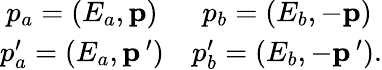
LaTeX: \begin{array}{cc}{{p_{a}=\left(E_{a},{\mathbf p}\right)}}&{{p_{b}=\left(E_{b},-{\mathbf p}\right)}}\\ {{p_{a}^{\prime}=\left(E_{a},{\mathbf p}\, {}^{\prime}\right)}}&{{p_{b}^{\prime}=\left(E_{b},-{\mathbf p}\, {}^{\prime}\right).}}\end{array}